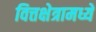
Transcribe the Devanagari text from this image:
वित्तक्षेत्रामध्ये